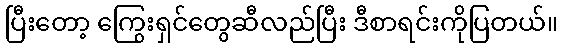
ပြီးတော့ ကြွေးရှင်တွေဆီလည်ပြီး ဒီစာရင်းကိုပြတယ်။